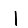
Digit: 1